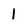
Character: 1